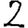
Digit: 2